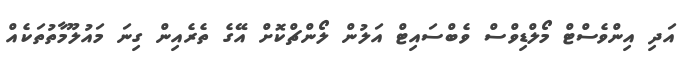
އަދި އިންވެސްޓް މޯލްޑިވްސް ވެބްސައިޓް އަލުން ލޯންޗްކޮށް އޭގެ ތެރެއިން ގިނަ މައުލޫމާތުތަކެއް